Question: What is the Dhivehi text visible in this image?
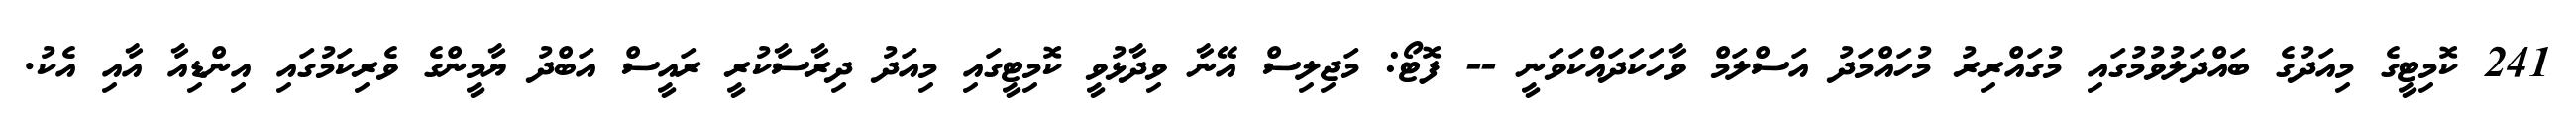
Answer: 241 ކޮމިޓީގެ މިއަދުގެ ބައްދަލުވުމުގައި މުގައްރިރު މުހައްމަދު އަސްލަމް ވާހަކަދައްކަވަނީ -- ފޮޓޯ: މަޖިލިސް އޭނާ ވިދާޅުވީ ކޮމިޓީގައި މިއަދު ދިރާސާކުރީ ރައީސް އަބްދު ޔާމީންގެ ވެރިކަމުގައި އިންޑިއާ އާއި އެކު.